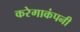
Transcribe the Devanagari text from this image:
करेगाकंपनी